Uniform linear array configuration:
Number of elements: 48
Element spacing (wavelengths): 0.75
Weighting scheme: kaiser
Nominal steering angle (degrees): -15
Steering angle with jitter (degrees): -13.881
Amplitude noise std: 0.05
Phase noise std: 0.05

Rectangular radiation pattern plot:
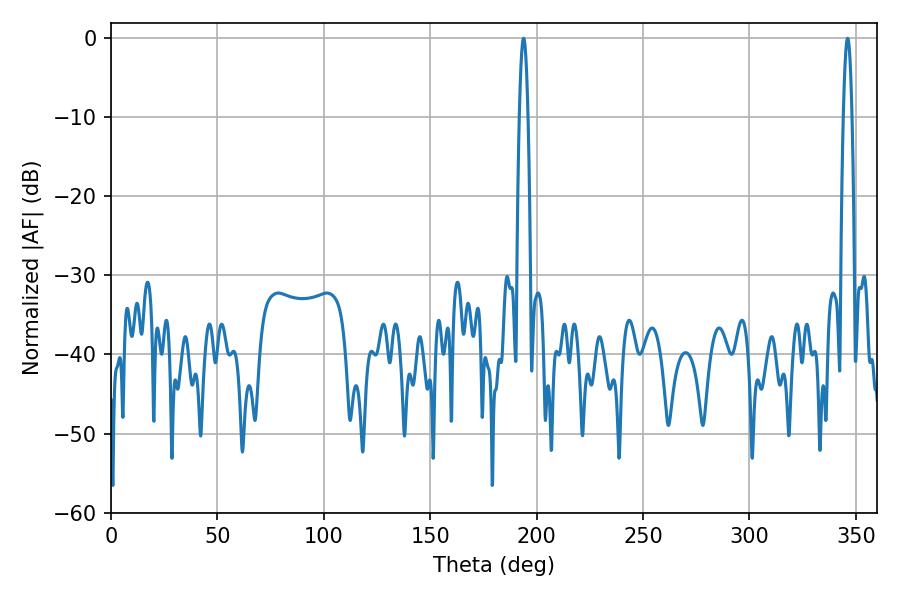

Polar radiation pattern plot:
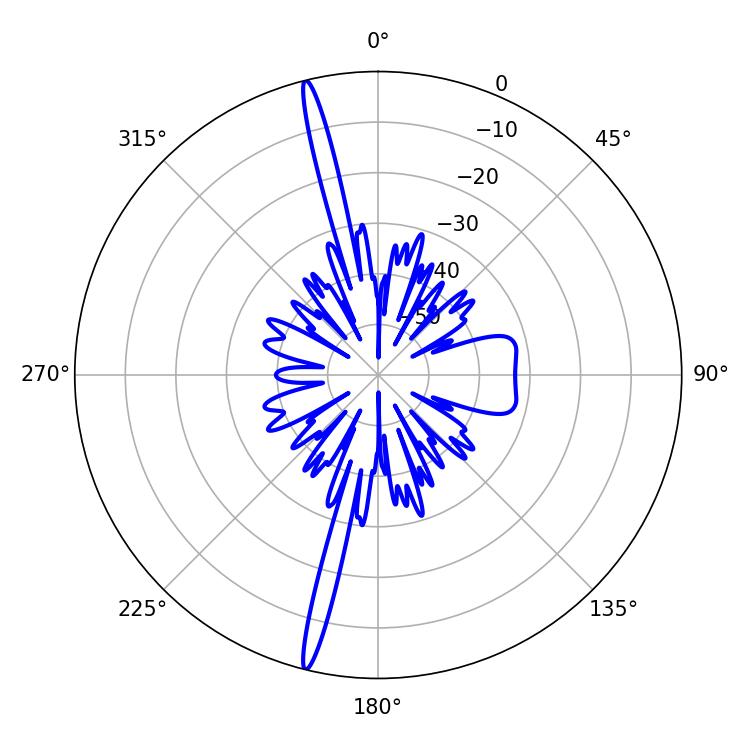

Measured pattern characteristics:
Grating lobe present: TRUE
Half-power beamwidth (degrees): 2.16
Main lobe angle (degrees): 346.14